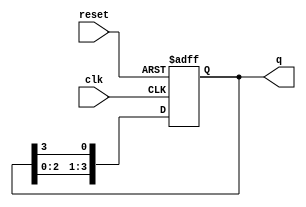
module bistable_ring_counter (
    input wire clk,          // Clock input
    input wire reset,        // Reset input
    output reg [N-1:0] q     // Output (N-bit counter)
);
    parameter N = 4;         // Number of flip-flops (adjust as needed)

    always @(posedge clk or posedge reset) begin
        if (reset) begin
            // Initialize the counter to 1 (e.g., 0001 for N=4)
            q <= 1'b1; // Only the least significant bit is set
        end else begin
            // Shift the bits in the ring counter
            q <= {q[N-2:0], q[N-1]}; // Shift left and wrap around
        end
    end
endmodule